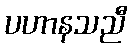
ပဟာနသညီ